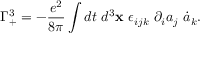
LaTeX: \Gamma _ { + } ^ { 3 } = - \frac { e ^ { 2 } } { 8 \pi } \int d t ~ d ^ { 3 } { \bf x } ~ \epsilon _ { i j k } ~ \partial _ { i } a _ { j } ~ \dot { a } _ { k } .